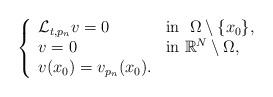
LaTeX: \begin{align*} \left\{\begin{array}{llll}\mathcal{L}_{t,p_n}v = 0 & {\rm in} \ \ \Omega \setminus \{x_0\},\\v= 0 & {\rm in} \ \mathbb{R}^N\setminus\Omega,\\v(x_0) = v_{p_n}(x_0).\end{array}\right.\end{align*}